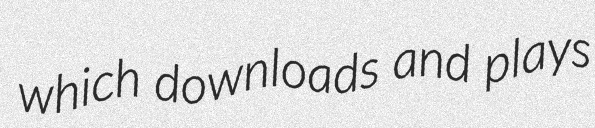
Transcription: which downloads and plays